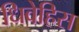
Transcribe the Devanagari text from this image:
धिवेहिस